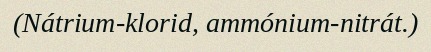
(Nátrium-klorid, ammónium-nitrát.)